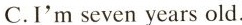
C.I'm seven years old.